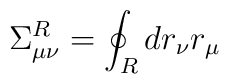
\Sigma_{\mu\nu}^R = \oint_R d r_{\nu}r_{\mu}